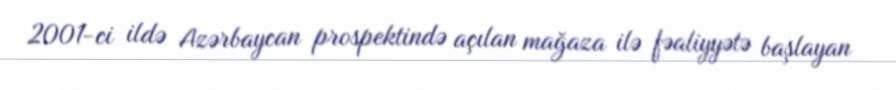
2001-ci ildə Azərbaycan prospektində açılan mağaza ilə fəaliyyətə başlayan